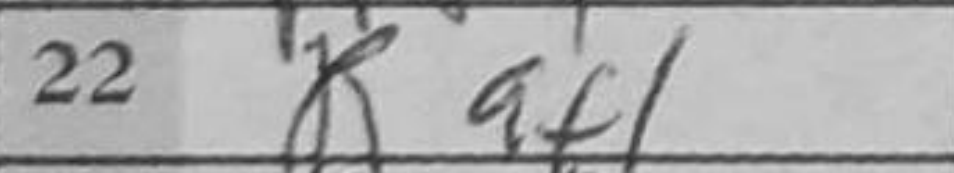
Transcription: Raf1